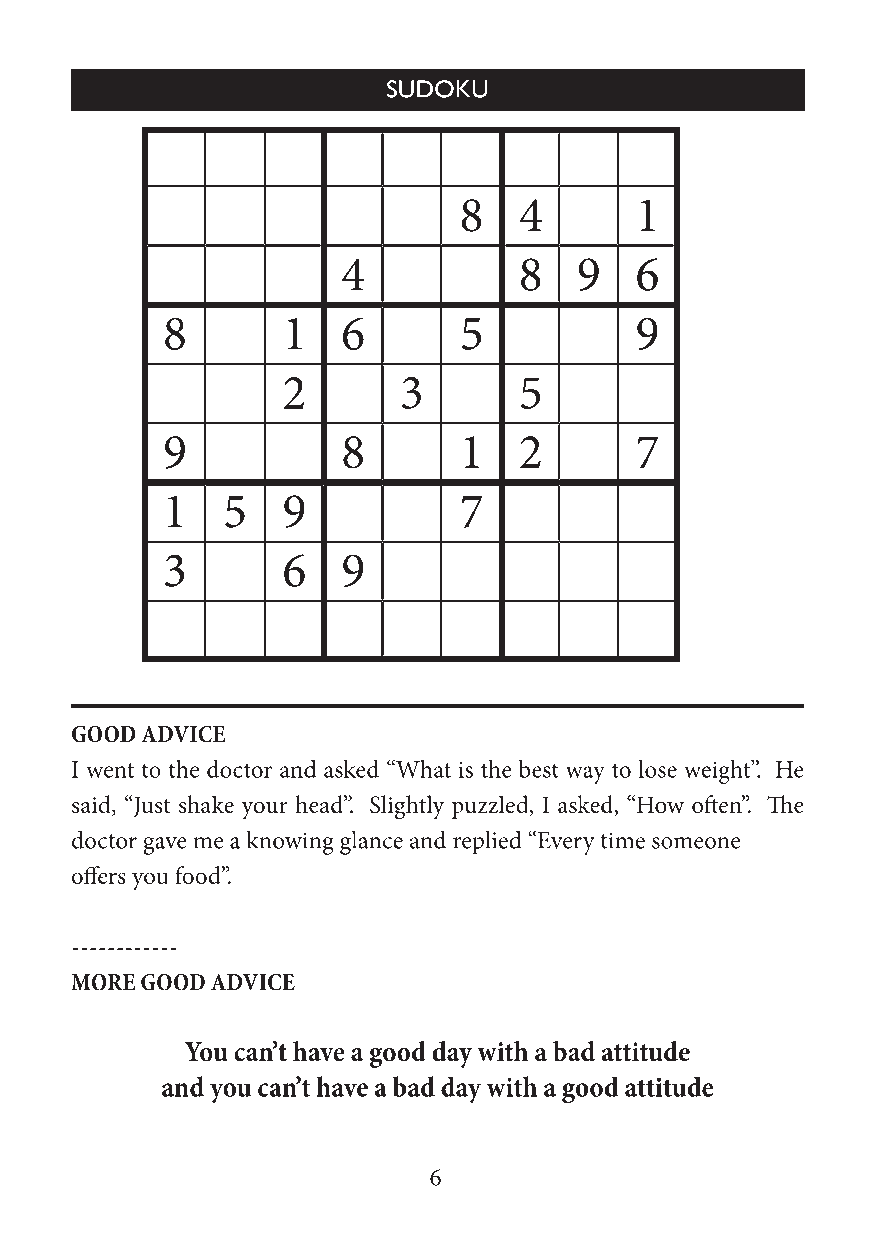
8   4       1
 4          8   9   6
 8       1   6      5           9
 2      3       5
 9           8      1   2       7
 1   5   9          7
 3       6   9